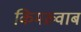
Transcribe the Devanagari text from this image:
किमख़्वाब